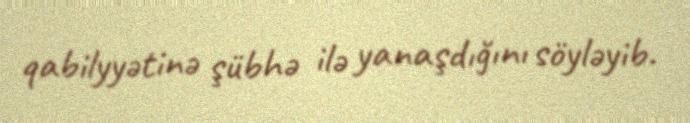
qabilyyətinə şübhə ilə yanaşdığını söyləyib.